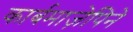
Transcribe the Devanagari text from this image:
कार्बमाज़ेपिने